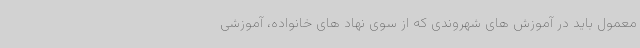
معمول باید در آموزش های شهروندی که از سوی نهاد های خانواده، آموزشی